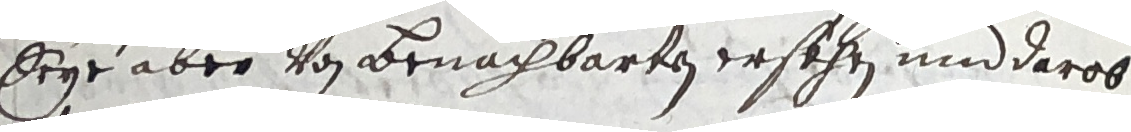
seye aber von Benachbarten ersëhen und darob